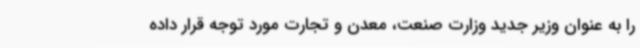
را به عنوان وزیر جدید وزارت صنعت، معدن و تجارت مورد توجه قرار داده